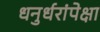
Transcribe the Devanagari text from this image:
धनुर्धरांपेक्षा